Eesti_Peakonsulaat_New_Yorgis, lk 25
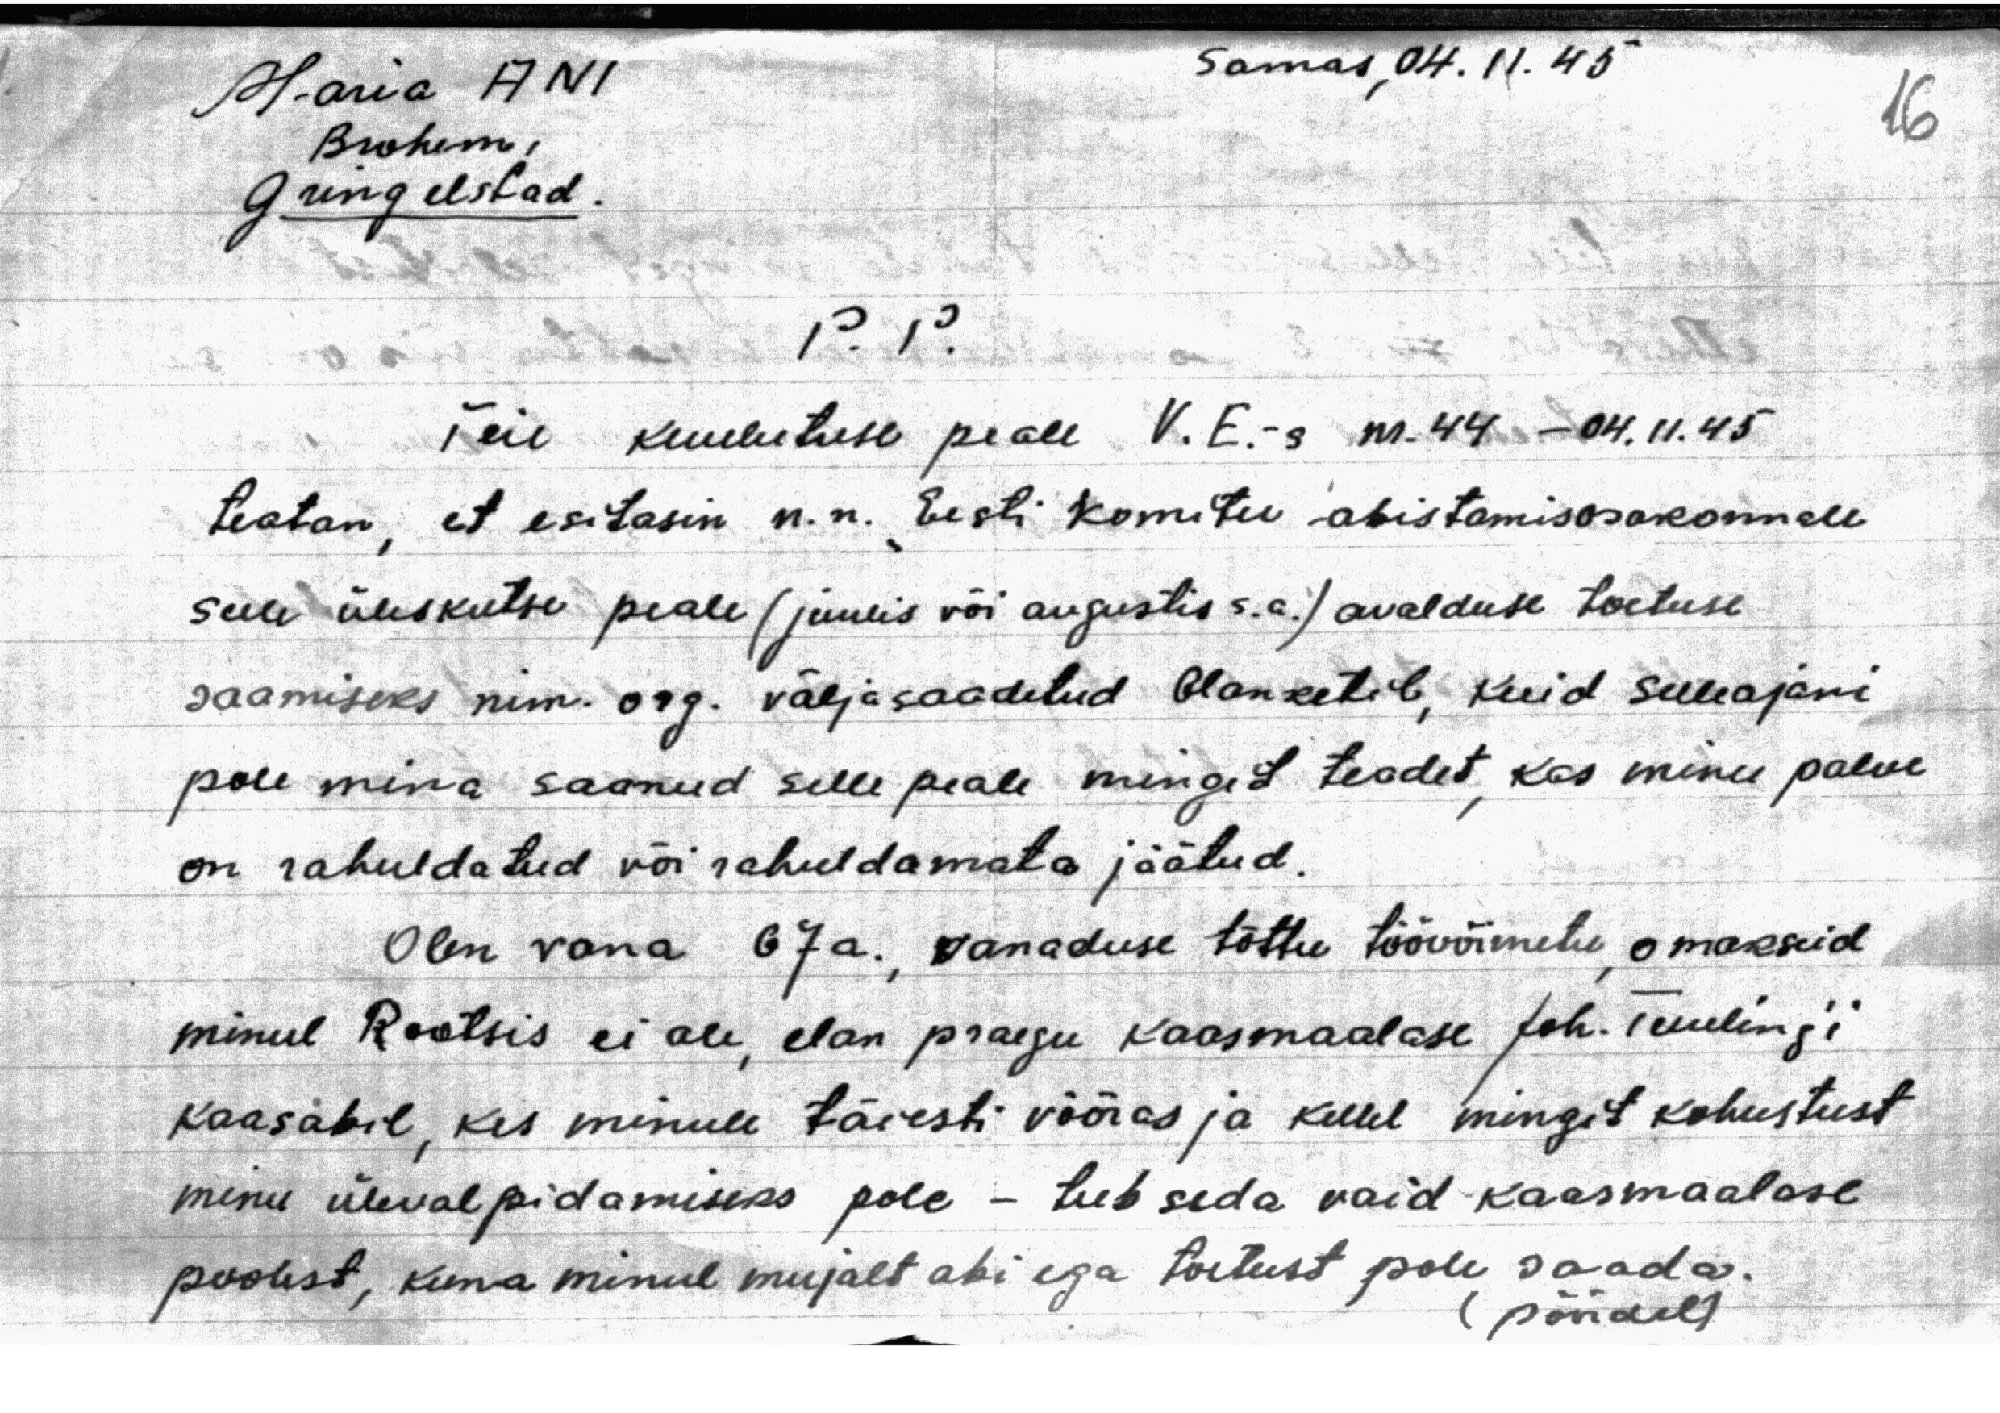
Samas, 04. 11. 45

Maria ANI
Brohem,
Gringelstad.

16

P. P.

Teie kuulutuse peale V.E.-s nr.44 - 04.11.45
teatan, et esitasin n.n. Eesti Komitee abistamisosakonnale
selle üleskutse peale (juulis või augustis s.a.) avalduse toetuse
saamiseks nim. org. väljasaadetud blanketile, kuid selleajani
pole mina saanud selle peale mingit teadet, kas minu palve
on rahuldatud või rahuldamata jäätud.
Olen vana 67a., vanaduse tõttu töövõimetu, omakseid
minul Rootsis ei ole, elan praegu kaasmaalase Joh. Tuuling'i
kaasabil, kes minule täiesti võõras ja kellel mingit kohustust
minu ülevalpidamiseks pole - teeb seda vaid kaasmaalase
poolest, kuna minul mujalt abi ega toetust pole saada.
(pöördel)